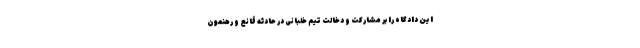
این دادگاه را بر مشارکت و دخالت تیم خلبانی در حادثه قانع و رهنمون